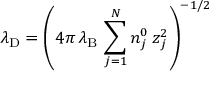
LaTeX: \lambda _ { \mathrm { { D } } } = \left( 4 \pi \, \lambda _ { \mathrm { { B } } } \, \sum _ { j = 1 } ^ { N } n _ { j } ^ { 0 } \, z _ { j } ^ { 2 } \right) ^ { - 1 / 2 }